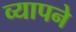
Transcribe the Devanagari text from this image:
व्यापने